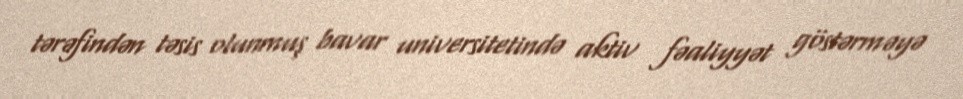
tərəfindən təsis olunmuş bavar universitetində aktiv fəaliyyət göstərməyə